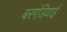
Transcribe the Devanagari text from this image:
बरगंडियाई